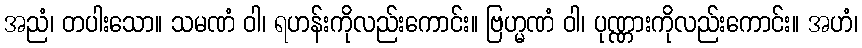
အညံ၊ တပါးသော။ သမဏံ ဝါ၊ ရဟန်းကိုလည်းကောင်း။ ဗြဟ္မဏံ ဝါ၊ ပုဏ္ဏားကိုလည်းကောင်း။ အဟံ၊